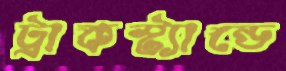
ট্রাকস্ট্যান্ডে